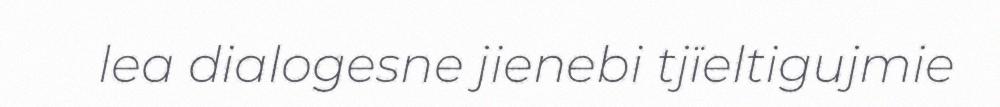
lea dialogesne jienebi tjïeltigujmie